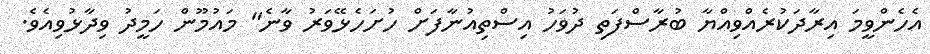
އެހެންވީމަ އިރާދަކުރެއްވިއްޔާ ބުރާސްފަތި ދުވަހު އިސްތިއުނާފަށް ހުށަހެޅޭވަރު ވާނެ" މައުމޫން ހަމީދު ވިދާޅުވިއެވެ.